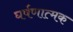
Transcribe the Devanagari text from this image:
घर्षणात्मक